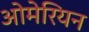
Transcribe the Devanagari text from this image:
ओमेरियन